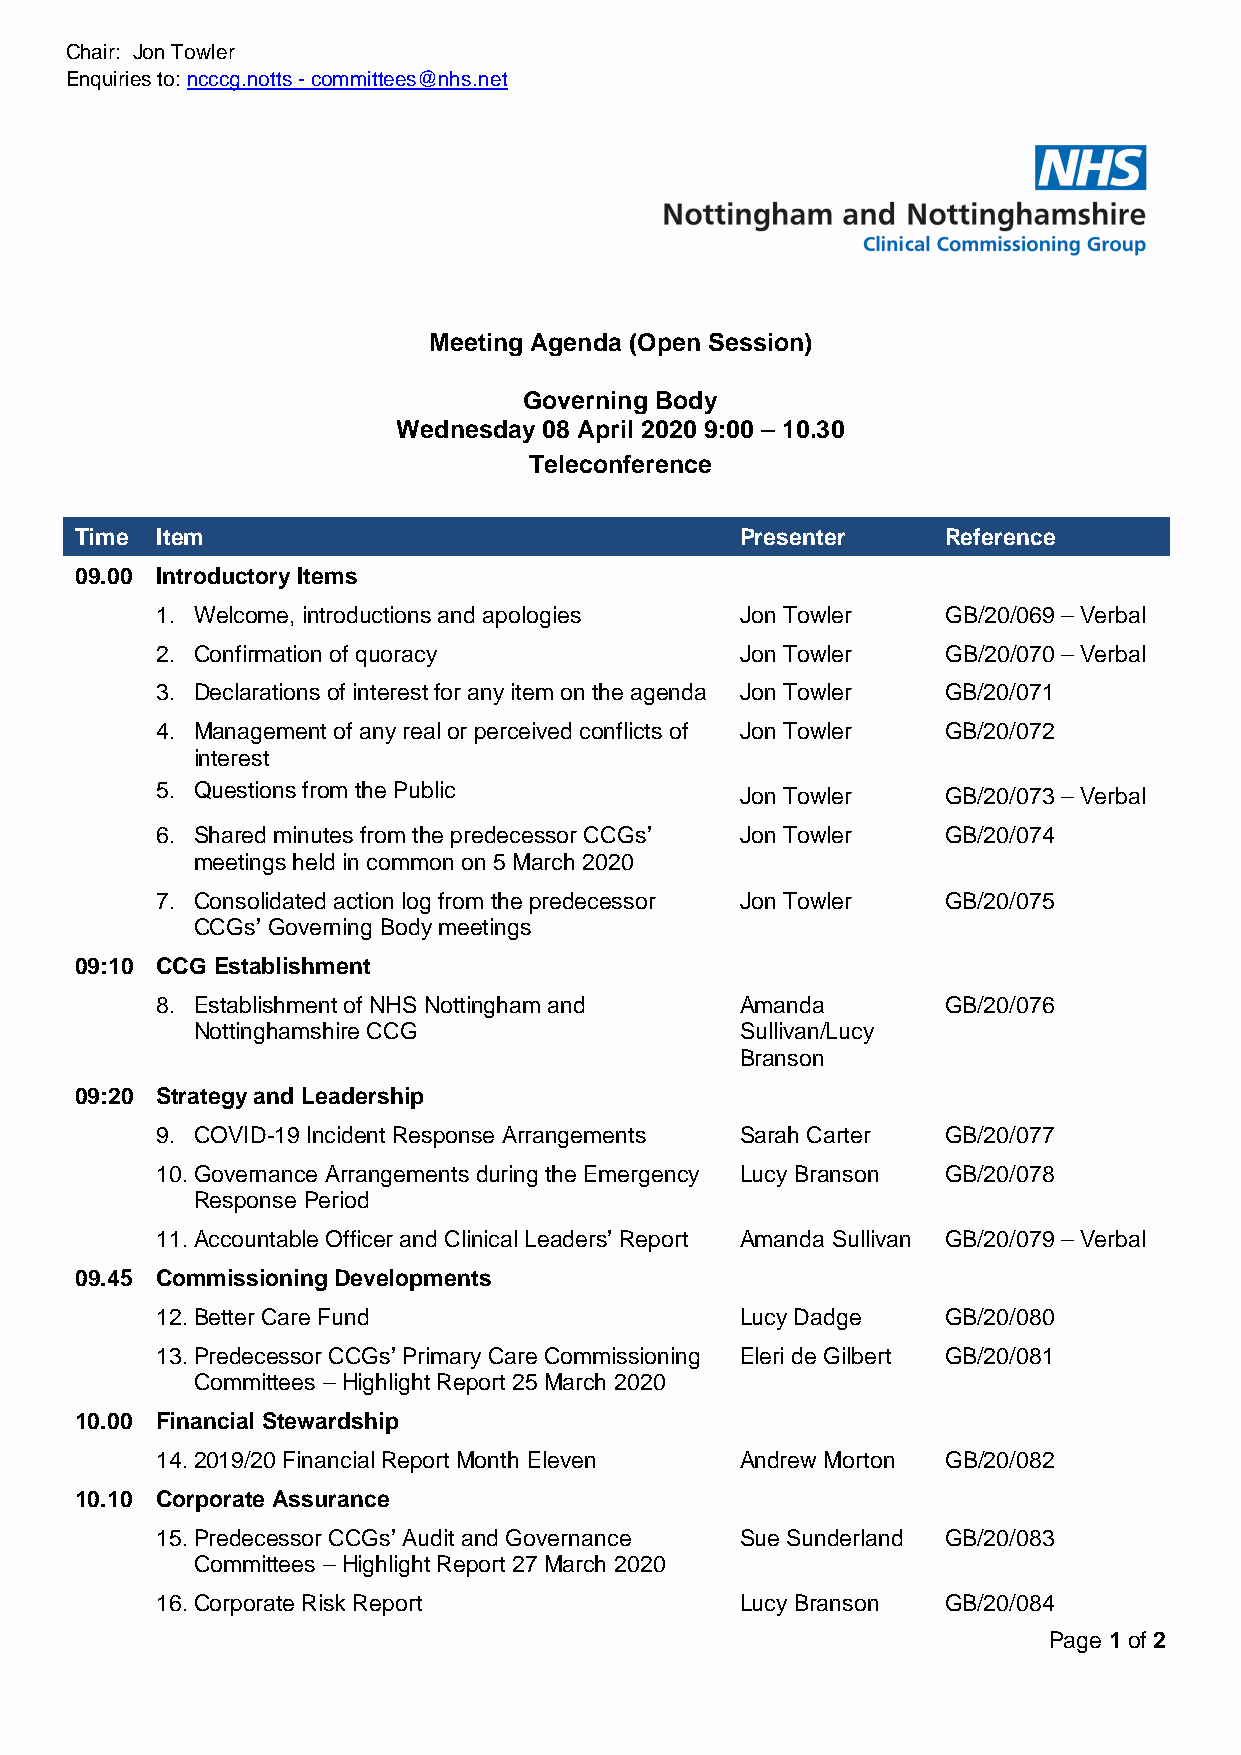
Chair: Jon Towler
 Enquiries to: ncccg.notts - committees@nhs.net
 Meeting Agenda (Open Session)
 Governing Body
 Wednesday 08 April 2020 9:00 – 10.30
 Teleconference
 Time Item                                   Presenter    Reference
 09.00 Introductory Items
 1. Welcome, introductions and apologies Jon Towler  GB/20/069 – Verbal
 2. Confirmation of quoracy             Jon Towler    GB/20/070 – Verbal
 3. Declarations of interest for any item on the agenda Jon Towler GB/20/071
 4. Management of any real or perceived conflicts of Jon Towler GB/20/072
 interest
 5. Questions from the Public           Jon Towler    GB/20/073 – Verbal
 6. Shared minutes from the predecessor CCGs’ Jon Towler GB/20/074
 meetings held in common on 5 March 2020
 7. Consolidated action log from the predecessor Jon Towler GB/20/075
 CCGs’ Governing Body meetings
 09:10 CCG Establishment
 8. Establishment of NHS Nottingham and Amanda        GB/20/076
 Nottinghamshire CCG                 Sullivan/Lucy
 Branson
 09:20 Strategy and Leadership
 9. COVID-19 Incident Response Arrangements Sarah Carter GB/20/077
 10. Governance Arrangements during the Emergency Lucy Branson GB/20/078
 Response Period
 11. Accountable Officer and Clinical Leaders’ Report Amanda Sullivan GB/20/079 – Verbal
 09.45 Commissioning Developments
 12. Better Care Fund                   Lucy Dadge   GB/20/080
 13. Predecessor CCGs’ Primary Care Commissioning Eleri de Gilbert GB/20/081
 Committees – Highlight Report 25 March 2020
 10.00 Financial Stewardship
 14. 2019/20 Financial Report Month Eleven Andrew Morton GB/20/082
 10.10 Corporate Assurance
 15. Predecessor CCGs’ Audit and Governance Sue Sunderland GB/20/083
 Committees – Highlight Report 27 March 2020
 16. Corporate Risk Report              Lucy Branson GB/20/084
 Page 1 of 2